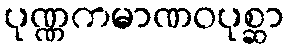
ပုဏ္ဏကမာဏဝပုစ္ဆာ